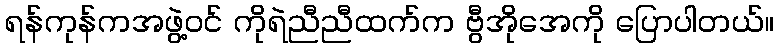
ရန်ကုန်ကအဖွဲ့ဝင် ကိုရဲညီညီထက်က ဗွီအိုအေကို ပြောပါတယ်။